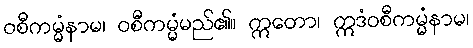
ဝစီကမ္မံနာမ၊ ဝစီကမ္မံမည်၏။ ဣတော၊ ဣဒံဝစီကမ္မံနာမ၊